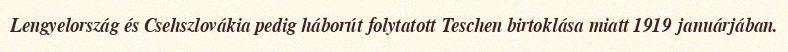
Lengyelország és Csehszlovákia pedig háborút folytatott Teschen birtoklása miatt 1919 januárjában.